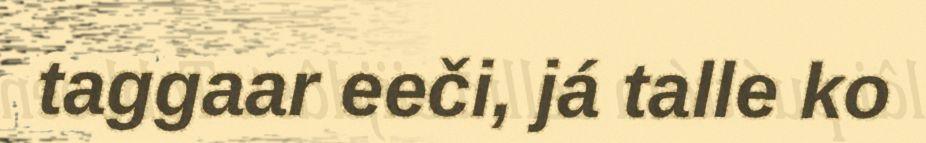
taggaar eeči, já talle ko